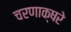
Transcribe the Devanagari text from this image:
चरणाक्षरे